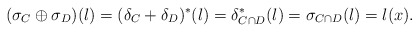
\begin{align*} (\sigma_C \oplus \sigma_D)(l) = (\delta_C+\delta_D)^*(l) = \delta_{C\cap D}^*(l) = \sigma_{C\cap D}(l) = l(x). \end{align*}